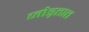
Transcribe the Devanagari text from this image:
जोड्तात